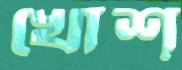
খোশ্